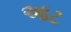
આટ